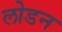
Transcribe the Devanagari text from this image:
लोडन